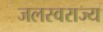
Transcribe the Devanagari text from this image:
जलस्वराज्य